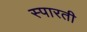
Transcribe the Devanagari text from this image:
स्पारती